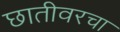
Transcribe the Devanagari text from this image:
छातीवरचा